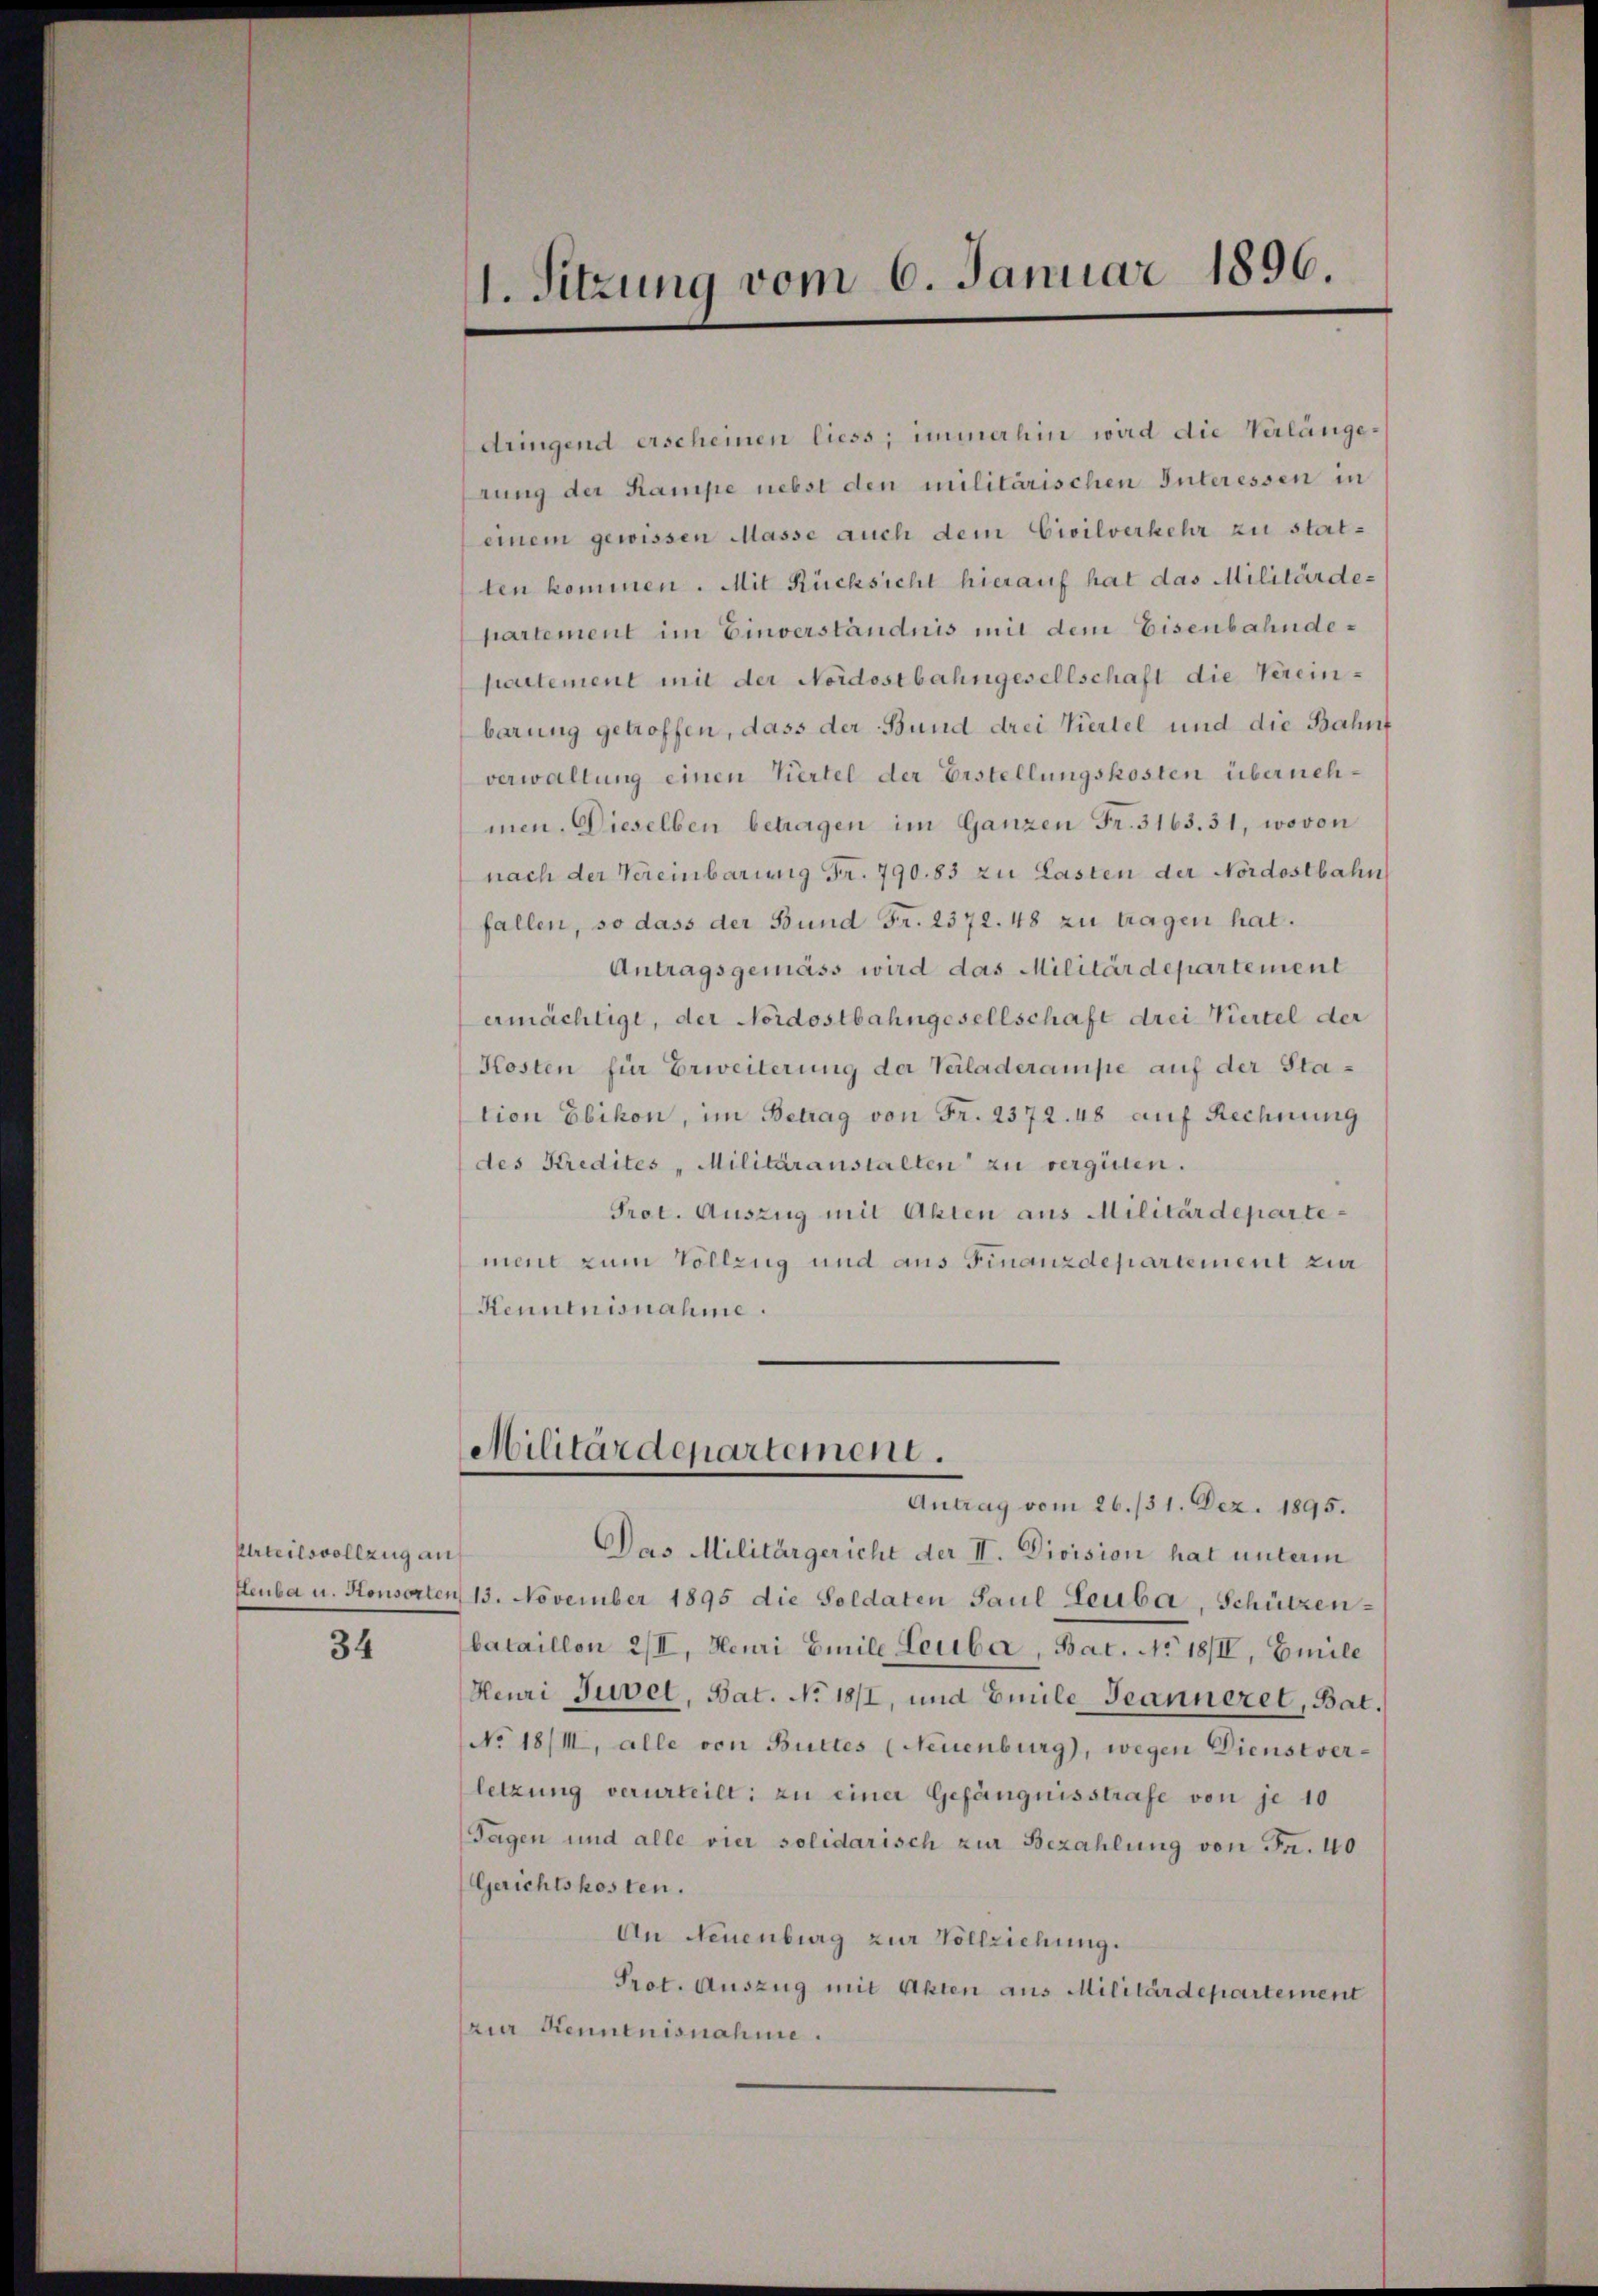
Urteilsvollzug an

34

1. Sitzung vom 6. Januar 1896.

dringend erscheinen liess, immerhin wird die Verlangerung der Kampe nebst den militärischen Interessen in
einem gewissen Masse auch dem Civilverkehr zu statten kommen. Mit Rücksicht hierauf hat das Militärdepartement im Einverständnis mit dem Eisenbahndepartement mit der Nordostbahngesellschaft die Vereinbarung getroffen, dass der Bund drei Viertel und die Bahnf
verwaltung einen Viertel der Erstellungskosten übernehmen. Dieselben betragen im Ganzen Fr. 3163. 31, wovon
nach der Vereinbarung Fr. 790. 83 zu Lasten der Nordostbahn
fallen, so dass der Bund Fr. 2372. 48 zu tragen hat.
Antragsgemäss wird das Militärdepartement
ermächtigt, der Nordostbahngesellschaft drei Viertel der
Kosten für Erweiterung der Verladerampe auf der Station Ebikon, im Betrag von Fr. 2372. 48 auf Rechnung
des Kredites Militäranstalten zu vergüten.
Prot. Auszug mit Akten aus Militärdepartement zum Vollzug und aus Finanzdepartement zur
Kenntnisnahme.

Militärdepartement.

Antrag vom 26./31. Dez. 1895.
Das Militärgericht der II. Division hat unterm
Heuba u. Konsorten 13. November 1895 die Soldaten Saul Leuba, Schützenbataillon 2/II, Heuri Emile Leuba, Bat. No 18/II, Emile
Heuri Juvet, Bat. No 18/I, und Emile Jeanneret, Bat.
No 18/III, alle von Buttes (Neuenburg), wegen Dienstverletzung verurteilt: zu einer Gefängnisstrafe von je 10
Tagen und alle vier solidarisch zur Bezahlung von Fr. 40
Gerichtskosten.
An Neuenburg zur Vollziehung.
Prot. Auszug mit Akten aus Militärdepartement
zur Kenntnisnahme.